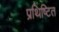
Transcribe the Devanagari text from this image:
प्रथिष्टित